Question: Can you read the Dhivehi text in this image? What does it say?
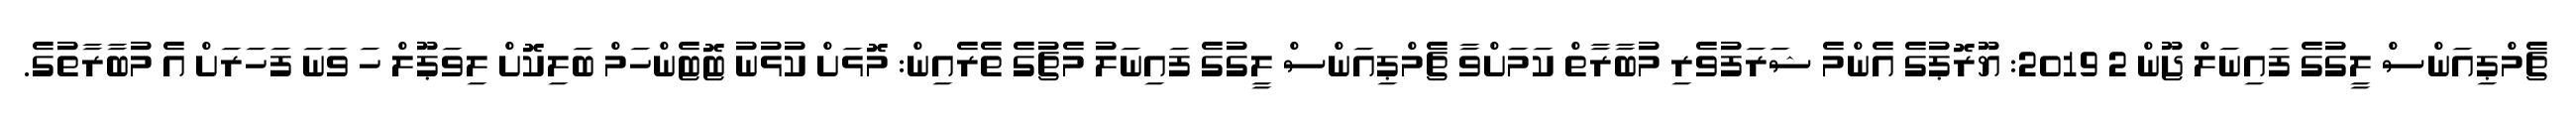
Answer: ޗެމްޕިއަންސް ލީގުގެ ފައިނަލް ޖޫން 2 2019: ޔޫރޮޕުގެ އެންމެ ޝަރަފުވެރި މުބާރާތް ކަމަށްވާ ޗެމްޕިއަންސް ލީގުގެ ފައިނަލު މެޗުގެ ތެރެއިން: މޮޅަށް ކުޅުނު ޓޮޓެންހަމް ބަލިކޮށް ލިވަޕޫލް ހަ ވަނަ ފަހަރަށް އެ މުބާރާތުގެ.